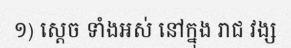
១) ស្តេច ទាំងអស់ នៅក្នុង រាជ វង្ស